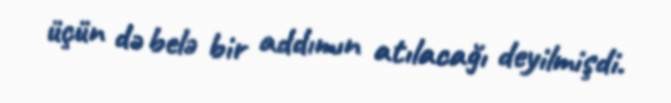
üçün də belə bir addımın atılacağı deyilmişdi.